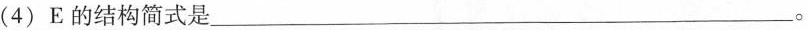
(4)E的结构简式是___。